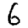
Digit: 6